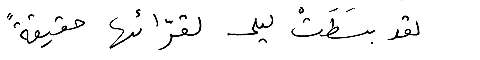
لقد بسَطَتْ ليلى لقرّائها حقيقةً